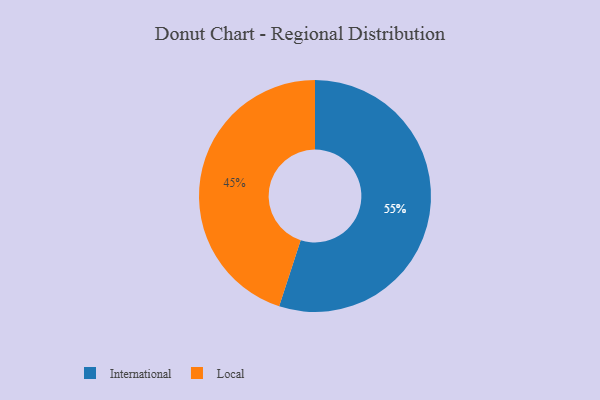
{"axis": {"x": "Category", "y": "Percentage"}, "legend": ["International", "Local"], "data": [{"x": "International", "y": 55, "type": "International"}, {"x": "Local", "y": 45, "type": "Local"}]}